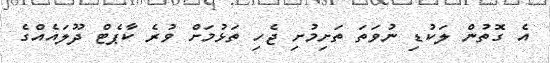
އެ ގޮތުން ލަކުޑި ނުވަތަ ތަށިމުށި ޖެހި ތަޅުމަށް ވުރެ ކާޕެޓް ދޫލައެއްގެ